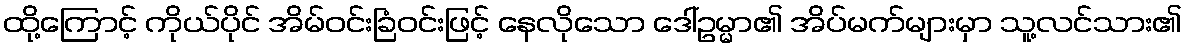
ထို့ကြောင့် ကိုယ်ပိုင် အိမ်ဝင်းခြံဝင်းဖြင့် နေလိုသော ဒေါ်ဥမ္မာ၏ အိပ်မက်များမှာ သူ့လင်သား၏